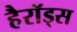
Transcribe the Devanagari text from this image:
हैरॉड्स